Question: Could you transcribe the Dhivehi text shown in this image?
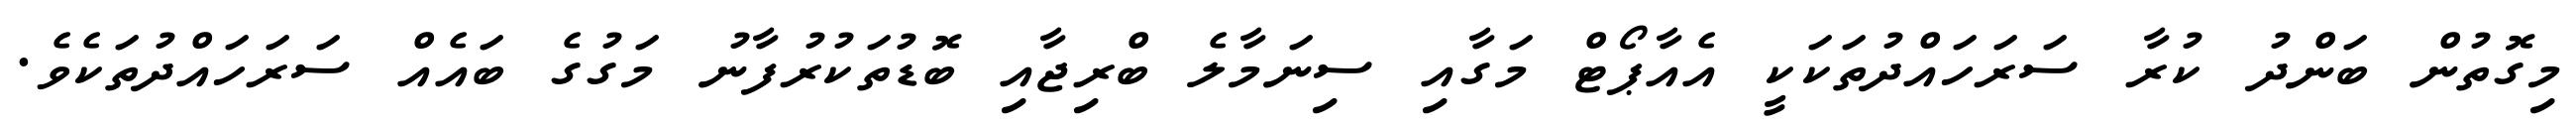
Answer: މިގޮތުން ބަންދު ކުރާ ސަރަހައްދުތަކަކީ އެއާޕޯޓް މަގާއި ސިނަމާލެ ބްރިޖާއި ބޮޑުތަކުރުފާނު މަގުގެ ބައެއް ސަރަހައްދުތަކެވެ.